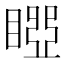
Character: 𥉝